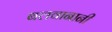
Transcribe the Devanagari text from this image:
बलवानानी